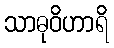
သာဓုဝိဟာရိ